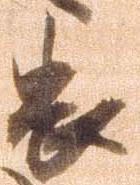
畏